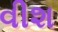
વીશ